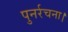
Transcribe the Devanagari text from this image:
पुनर्रचना।